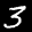
Label: 3